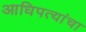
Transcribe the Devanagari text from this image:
आधिपत्यांचा